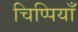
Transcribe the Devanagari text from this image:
चिप्पियाँ